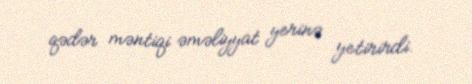
qədər məntiqi əməliyyat yerinə yetirirdi.